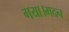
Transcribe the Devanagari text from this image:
गया।मदन